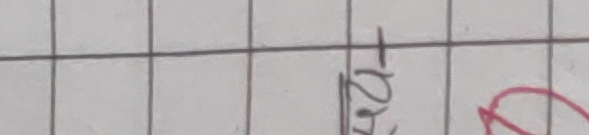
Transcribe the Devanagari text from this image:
-१२